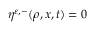
\eta ^ { \ensuremath { \varepsilon } , - } ( \rho , x , t ) = 0